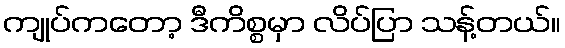
ကျုပ်ကတော့ ဒီကိစ္စမှာ လိပ်ပြာ သန့်တယ်။